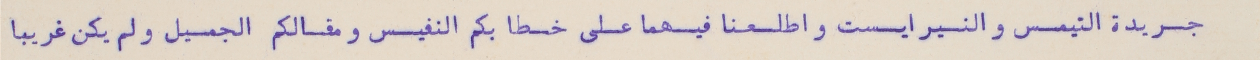
جريدة التيمس والنيرايست واطلعنا فيهما على خطابكم النفيس ومقالكم الجميل ولم يكن غريبا